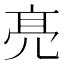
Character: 𠅙